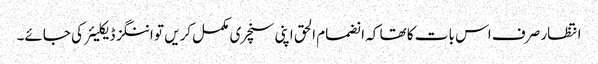
انتظار صرف اس بات کا تھا کہ انضمام الحق اپنی سنچری مکمل کریں تو اننگز ڈیکلیئر کی جائے۔